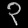
Digit: ၃